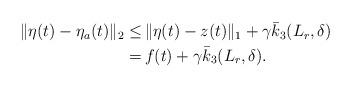
LaTeX: \begin{align*}\begin{aligned}\|\eta(t)-\eta_a(t)\|_2 \le &\, \|\eta(t)-z(t)\|_1 +\gamma \bar{k}_3(L_r,\delta) \\= &\, f(t) +\gamma \bar{k}_3(L_r,\delta).\end{aligned}\end{align*}